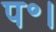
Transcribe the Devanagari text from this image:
प॰।